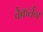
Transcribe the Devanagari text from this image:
वैकर्तन